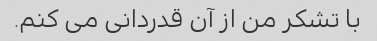
با تشکر من از آن قدردانی می کنم.